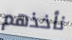
نأخذهم